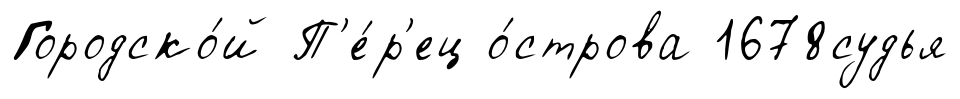
Городско́й П'е́р'ец о́строва 1678судья